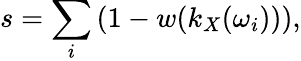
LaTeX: s=\sum_{i}\left(1-w(k_{X}(\omega_{i}))\right),